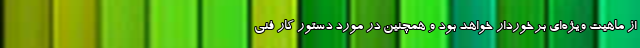
از ماهیت ویژه‌ای برخوردار خواهد بود و همچنین در مورد دستور کار فنی